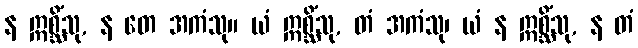
န ဣစ္ဆိံသု, န တေ အကံသု။ ယံ ဣစ္ဆိံသု, တံ အကံသု၊ ယံ န ဣစ္ဆိံသု, န တံ